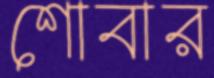
শোবার